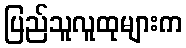
ပြည်သူလူထုများက